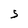
Character: 5